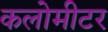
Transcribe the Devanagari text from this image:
कलोमीटर